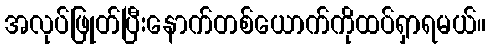
အလုပ်ဖြုတ်ပြီးနောက်တစ်ယောက်ကိုထပ်ရှာရမယ်။